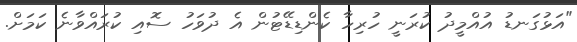
"އަޅުގަނޑު އުއްމީދު ކުރަނީ ހުރިހާ ކެންޑިޑޭޓުން އެ ދުވަހު ސޮއި ކުރައްވާނެ ކަމަށް.